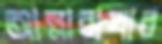
আল্লারাখার